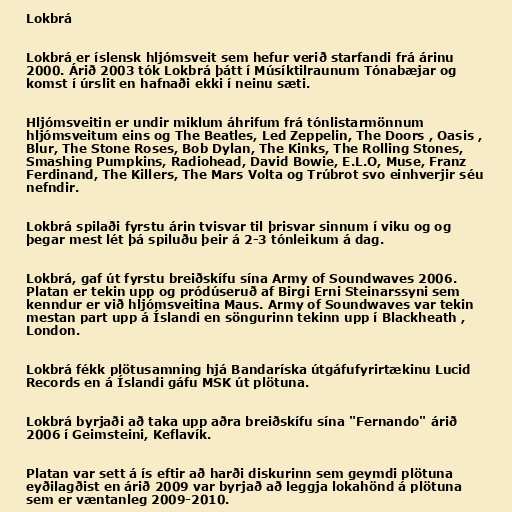
Lokbrá

Lokbrá er íslensk hljómsveit sem hefur verið starfandi frá árinu
2000. Árið 2003 tók Lokbrá þátt í Músíktilraunum Tónabæjar og
komst í úrslit en hafnaði ekki í neinu sæti.

Hljómsveitin er undir miklum áhrifum frá tónlistarmönnum
hljómsveitum eins og The Beatles, Led Zeppelin, The Doors , Oasis ,
Blur, The Stone Roses, Bob Dylan, The Kinks, The Rolling Stones,
Smashing Pumpkins, Radiohead, David Bowie, E.L.O, Muse, Franz
Ferdinand, The Killers, The Mars Volta og Trúbrot svo einhverjir séu
nefndir.

Lokbrá spilaði fyrstu árin tvisvar til þrisvar sinnum í viku og og
þegar mest lét þá spiluðu þeir á 2-3 tónleikum á dag.

Lokbrá, gaf út fyrstu breiðskífu sína Army of Soundwaves 2006.
Platan er tekin upp og pródúseruð af Birgi Erni Steinarssyni sem
kenndur er við hljómsveitina Maus. Army of Soundwaves var tekin
mestan part upp á Íslandi en söngurinn tekinn upp í Blackheath ,
London.

Lokbrá fékk plötusamning hjá Bandaríska útgáfufyrirtækinu Lucid
Records en á Íslandi gáfu MSK út plötuna.

Lokbrá byrjaði að taka upp aðra breiðskífu sína "Fernando" árið
2006 í Geimsteini, Keflavík.

Platan var sett á ís eftir að harði diskurinn sem geymdi plötuna
eyðilagðist en árið 2009 var byrjað að leggja lokahönd á plötuna
sem er væntanleg 2009-2010.